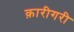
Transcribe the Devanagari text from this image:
क़ारीगरी